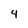
Character: 4